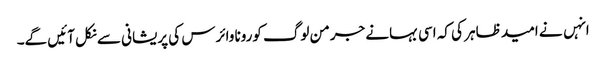
انہں نے امید ظاہر کی کہ اسی بہانے جرمن لوگ کورونا وائرس کی پریشانی سے نکل آئیں گے۔